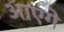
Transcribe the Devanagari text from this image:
आएगे